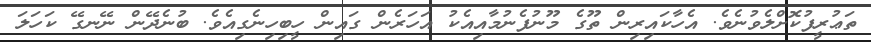
ތަޢުރީފުކޮށްލެވުނެވެ. އެހާކައިރިން ތޫގެ މޫނުފެނުމާއިއެކު އަހަރެން ގައިން ހީބިހިނެގިއެވެ. ބުނެދޭން ނޭނގޭ ކަހަލަ